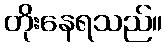
တိုးနေရသည်။